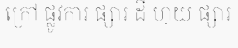
ក្រៅ ផ្លូវការ ផ្សារ ដី ហុយ ផ្សារ